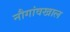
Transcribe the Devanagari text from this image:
नौगांवखाल